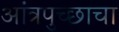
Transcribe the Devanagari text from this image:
आंत्रपुच्छाचा